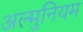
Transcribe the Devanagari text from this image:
अल्मुनियम